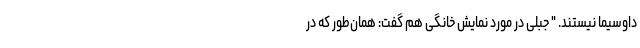
داوسیما نیستند. " جبلی در مورد نمایش خانگی هم گفت: همان‌طور که در